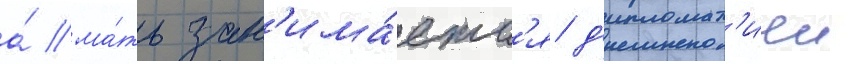
а́ ма́ть зан'има́етс'я д'ипломат'иеи